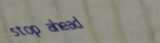
stop ahead